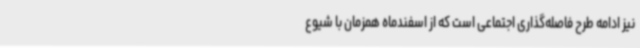
نیز ادامه طرح فاصله‌گذاری اجتماعی است که از اسفندماه همزمان با شیوع